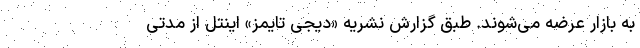
به بازار عرضه می‌شوند. طبق گزارش نشریه «دیجی تایمز» اینتل از مدتی